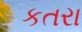
કતરા